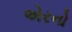
એરનો